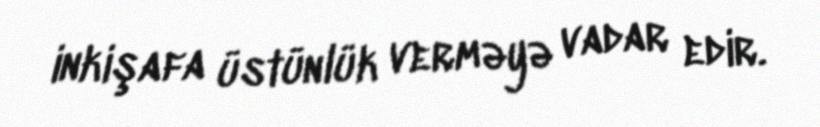
inkişafa üstünlük verməyə vadar edir.